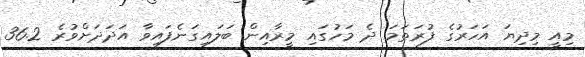
މިއީ މިދިޔަ އަހަރުގެ ފުރަތަމަ ދެ މަހުގައި މީރާއިން ބަލައިގަނެފައިވާ އަދަދަށްވުރެ 36.2